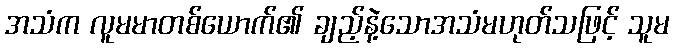
အသံက လူမမာတစ်ယောက်၏ ချည့်နဲ့သောအသံမဟုတ်သဖြင့် သူမ